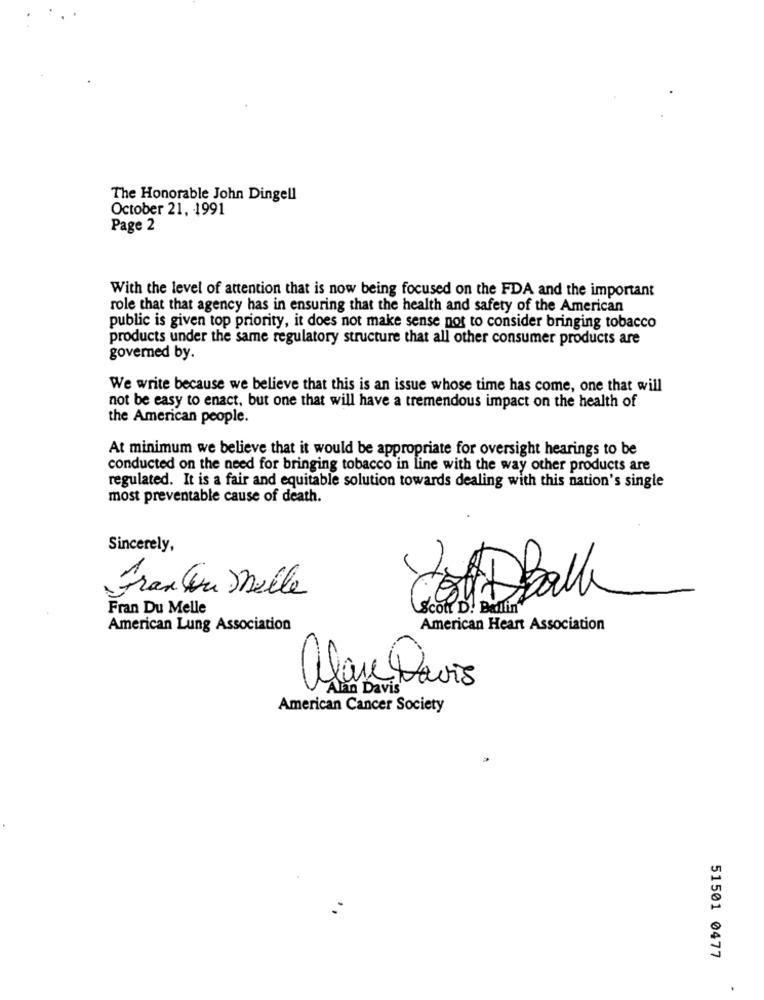
The Honorable John Dingell
October 21, 1991
Page 2
With the level of attention that is now being focused on the FDA and the important
role that that agency has in ensuring that the health and safety of the American
public is given top priority, it does not make sense not to consider bringing tobacco
products under the same regulatory structure that all other consumer products are
governed by.
We write because we believe that this is an issue whose time has come, one that will
not be easy to enact, but one that will have a tremendous impact on the health of
the American people.
At minimum we believe that it would be appropriate for oversight hearings to be
conducted on the need for bringing tobacco in line with the way other products are
regulated. It is a fair and equitable solution towards dealing with this nation's single
most preventable cause of death.
Sincerely,
Franken Melle
1
Co DBall
Fran Du Melle
Scon D. Ballin
American Lung Association
American Heart Association
Alan Davis
American Cancer Society
51501 0477
.